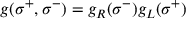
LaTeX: g ( \sigma ^ { + } , \sigma ^ { - } ) = g _ { R } ( \sigma ^ { - } ) g _ { L } ( \sigma ^ { + } )